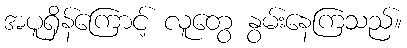
အပူရှိန်ကြောင့် လူတွေ နွမ်းနေကြသည်။